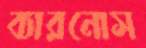
ব্যারনোস